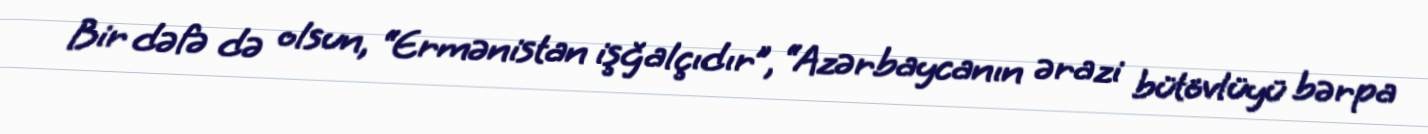
Bir dəfə də olsun, “Ermənistan işğalçıdır”, “Azərbaycanın ərazi bütövlüyü bərpa